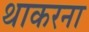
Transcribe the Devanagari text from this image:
थाकरना